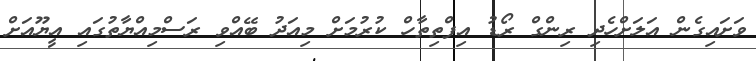
ވަށައިގެން އަލަށްހެދި ރިންގް ރޯޑު އިފްތިތާހް ކުރުމަށް މިއަދު ބޭއްވި ރަސްމިއްޔާތުގައި އީޔޫއަށް